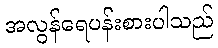
အလွန်ရေပန်းစားပါသည်